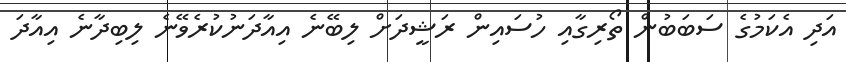
އަދި އެކަމުގެ ސަބަބުން ތޯރިގާއި ހުސައިން ރަޝީދަށް ލިބޭނެ އިއާދަނުކުރެވޭނެ ލިބިދާނެ އިއާދަ